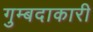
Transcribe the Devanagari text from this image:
गुम्बदाकारी